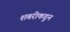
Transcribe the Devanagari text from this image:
शबरीकडुन